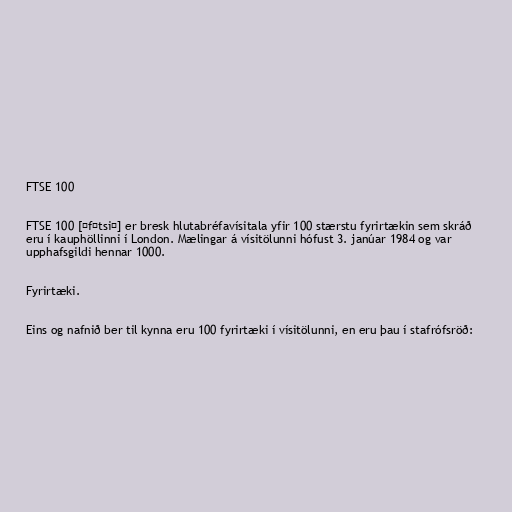
FTSE 100

FTSE 100 [ˈfʊtsiː] er bresk hlutabréfavísitala yfir 100 stærstu fyrirtækin sem skráð
eru í kauphöllinni í London. Mælingar á vísitölunni hófust 3. janúar 1984 og var
upphafsgildi hennar 1000.

Fyrirtæki.

Eins og nafnið ber til kynna eru 100 fyrirtæki í vísitölunni, en eru þau í stafrófsröð: